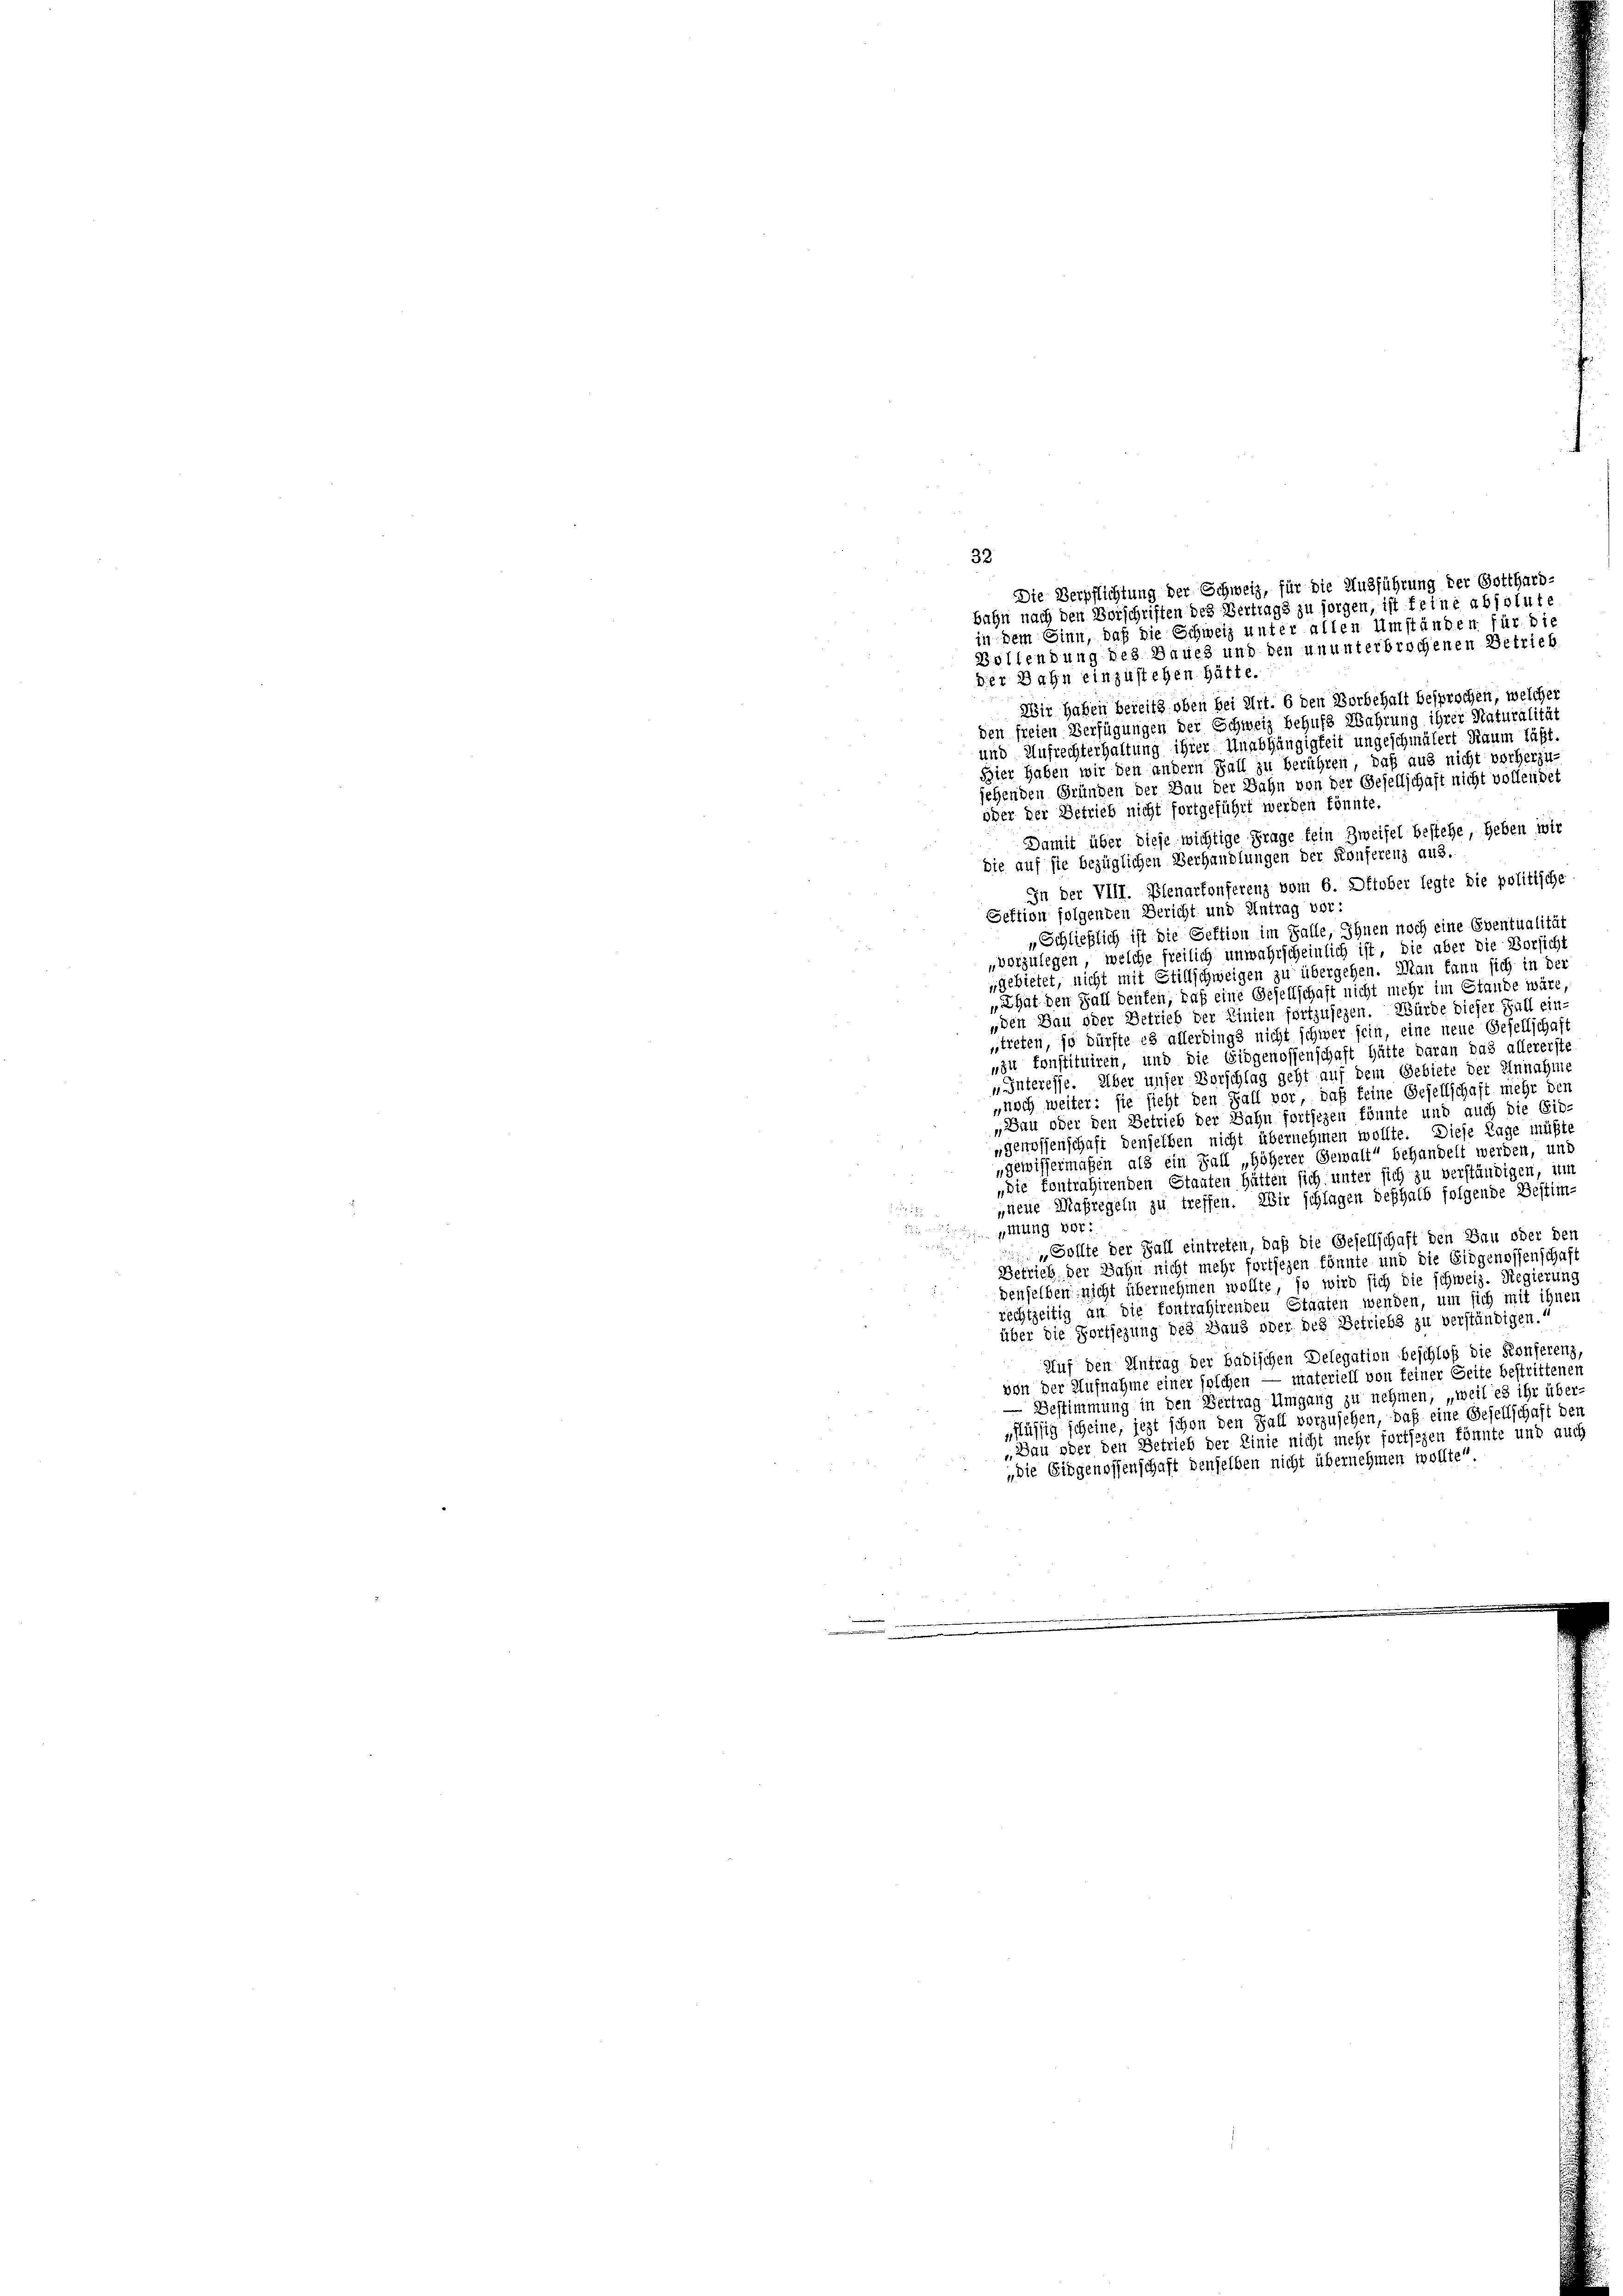
32
der Bahn einzustehen hätte.
Wir haben bereits oben bei Art. 6 den Borbehalt besprochen, welcher
den freien Verfügungen der Schweiz behufs Wahrung ihrer Naturalität
und Aufrechterhaltung ihrer Unabhängigkeit ungeschmälert Raum läßt.
Bier haben wir den andern Fall zu berühren, daß aus nicht vorherzu-
jehenden Gründen der Bau der Bahn von der Gesellschaft nicht vollendet
oder der Betrieb nicht fortgeführt werden könnte.
Damit über diese wichtige Frage fein Zweifel bestehe, heben wir
die auf sie bezüglichen Verhandlungen der Konferenz aus.
In der VIII. Plenartonserenz vom 6. Oktober legte die politische
Sektion folgenden Bericht und Antrag vor:
„Schließlich ist die Sektion im Falle, Ihnen noch eine Eventualität
vorzulegen, welche freilich unwahrscheinlich ist, die aber die Vorsich,
gebietet, nicht mit Stillschweigen zu übergehen. Man kann sich in der
„That den Fall denken, daß eine Gesellschaft nicht mehr im Stande wäre,
„den Bau oder Betrieb der Linien fortzusezen. Würde dieser Fall ein-
treten, so dürfte es allerdings nicht schwer sein, eine neue Gesellschaft
„zu konstituiren, und die Eidgenossenschaft hätte daran das allererste
„unteresse. Über unser Vorschlag geht auf dem Gebiete der Einnahme
„noch weiter: sie sieht den Fall vor, daß keine Gesellschaft mehr den
„Dau oder den Betrieb der Sahn forthigen könnte und auch die Ein-
„genossenschaft denselben nicht übernehmen wollte. Diese Lage müßte
„gewissermaßen als ein Fall „höherer Gewalt“ behandelt werden, und
„die Kontrahirenden Staaten hätten sich unter sich zu verständigen, um
neue Maßregeln zu treffen. Wir schlagen deshalb folgende Bestim-

5
Mung vor:
u
„Sollte der Fall eintreten, daß die Gesellschaft den Bau oder den
Betrieb der Bahn nicht mehr fortfezen könnte und die Eidgenossenschaft
denselben nicht übernehmen wollte, so wird sich die schweiz. Regierung
rechtzeitig an die kontrahirenden Staaten wenden, um sich mit ihnen
über die Fortjezung des Haus oder des Betriebs zu verständigen.“
Auf den Antrag der badischen Delegation beschloß die Konferenz,
von der Aufnahme einer solchen — materiell von feiner Seite bestrittenen
— Bestimmung in den Vertrag Umgang zu nehmen, „weil es ihr über-
flüssig scheine, jezt schon den Fall vorzusehen, daß eine Gesellschaft den
„Bau oder den Betrieb der Linie nicht mehr fortsezen könnte und auch
„die Eidgenossenschaft denselben nicht übernehmen wollte.

Die Verpflichtung der Schweiz, für die Ausführung der Gotthard-
bahn nach den Vorschriften des Vertrags zu sorgen, ist feine absolute
in dem Sinn, daß die Schweiz unter allen Umständen für die
Bollendung des Bauch und den ununterbrochenen Betrieb